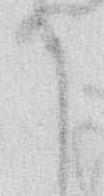
ら